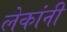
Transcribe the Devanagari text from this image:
लेकांनी